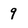
Character: 9